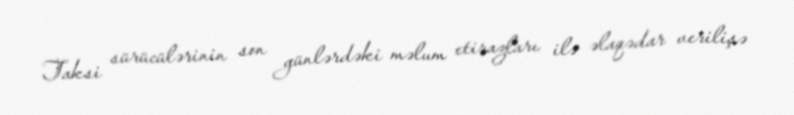
Taksi sürücülərinin son günlərdəki məlum etirazları ilə əlaqədar verilişə